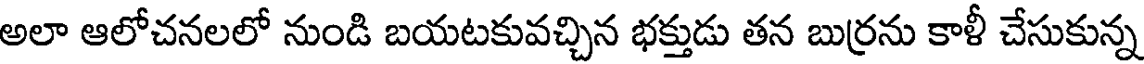
అలా ఆలోచనలలో నుండి బయటకువచ్చిన భక్తుడు తన బుర్రను కాళీ చేసుకున్న